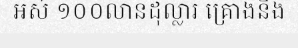
អស់ ១០០លានដុល្លារ គ្រោងនឹង